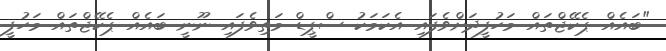
"ބައެއް ޕެކޭޖްތައް މަހުފީދަށްވެފައި އެކަމަކު ސްޕީޑް މަތިވެފައި ނޫނީ ބައެއް ޕެކޭޖްތައް މަހުފީ